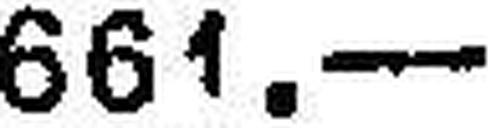
661.—